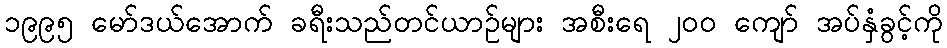
၁၉၉၅ မော်ဒယ်အောက် ခရီးသည်တင်ယာဉ်များ အစီးရေ ၂ဝဝ ကျော် အပ်နှံခွင့်ကို